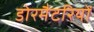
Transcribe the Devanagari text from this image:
डोरमैटरियों